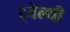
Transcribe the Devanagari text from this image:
ट्वेल्‍थी